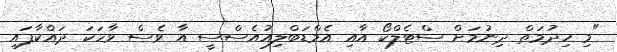
"މި ހިދުމަތް ދިނުމަށް ސްޓެލްކޯ އާއި އެމްޑަބްލިއުއެސްސީ އާ ވެސް ވާހަކަ ދައްކާފައި